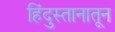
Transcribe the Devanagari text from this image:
हिंदुस्तानातून